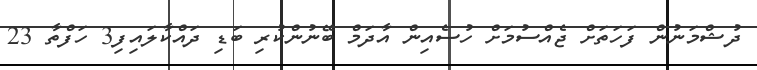
ދުޝްމަނުން ފަހަތަށް ޖެއްސުމަށް ހުސެއިން އާދަމް ބޭނުންކުރި ބަޑި ދައްކާލައިފި3 ހަފްތާ 23